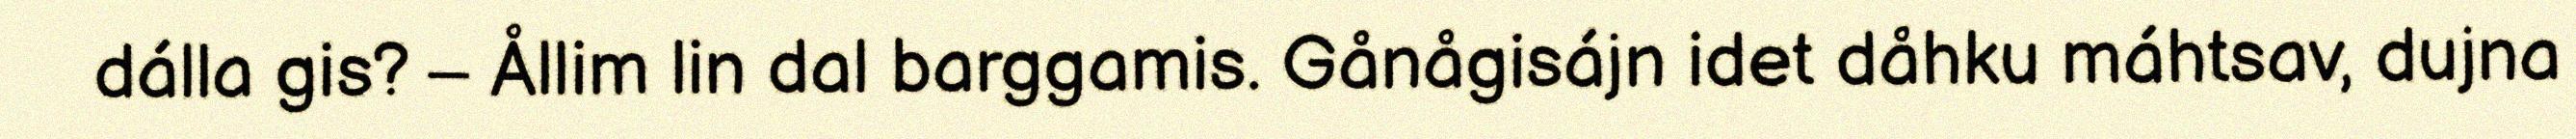
dálla gis? – Ållim lin dal barggamis. Gånågisájn idet dåhku máhtsav, dujna